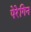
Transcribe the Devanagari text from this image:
पेरेगिन